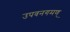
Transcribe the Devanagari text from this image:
उपवनगमण्